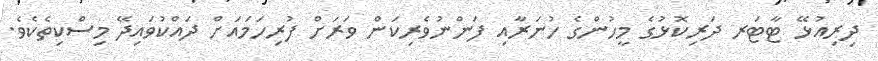
ދިރިއުޅޭ ޓާޓަރ ދަރިކޮޅުގެ މީހުންގެ ހުނަރާއި ފަންނުވެރިކަން ވަރަށް ފުރިހަމައަށް ދައްކުވައިދޭ މިސްކިތެކެވެ.